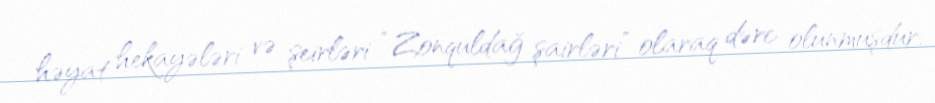
həyat hekayələri və şeirləri “Zonquldağ şairləri” olaraq dərc olunmuşdur.